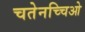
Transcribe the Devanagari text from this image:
चतेनच्चिओ